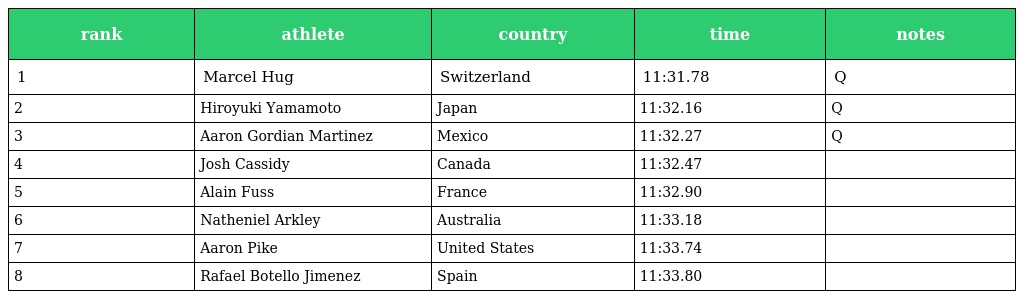
| rank | athlete | country | time | notes |
 | --- | --- | --- | --- | --- |
 | 1 | Marcel Hug | Switzerland | 11:31.78 | Q |
 | 2 | Hiroyuki Yamamoto | Japan | 11:32.16 | Q |
 | 3 | Aaron Gordian Martinez | Mexico | 11:32.27 | Q |
 | 4 | Josh Cassidy | Canada | 11:32.47 |  |
 | 5 | Alain Fuss | France | 11:32.90 |  |
 | 6 | Natheniel Arkley | Australia | 11:33.18 |  |
 | 7 | Aaron Pike | United States | 11:33.74 |  |
 | 8 | Rafael Botello Jimenez | Spain | 11:33.80 |  |